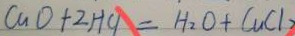
C u O + 2 H C l = H _ { 2 } O + C u C l _ { 2 }